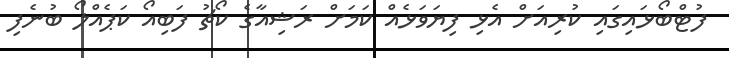
ފުޓްބޯޅައިގައި ކުރިއަށް އެޅި ފިޔަވަޅެއް ކަމަށް ރަޝިއާގެ ކޯޗު ފަބިއޯ ކަޕެއްލޯ ބުނެފި